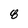
Character: 8